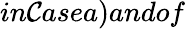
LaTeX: in\mathcal{C}asea)andof